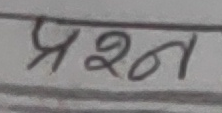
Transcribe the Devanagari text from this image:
प्रश्न